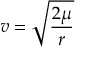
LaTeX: v = { \sqrt { \frac { 2 \mu } { r } } }